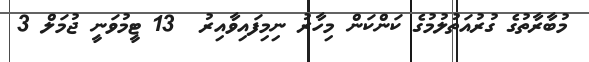
މުބާރާތުގެ ގުރުއަތުލުމުގެ ކަންކަން މިހާރު ނިމިފައިވާއިރު  13 ޓީމުވަނީ ޖުމަލް 3